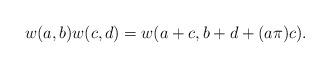
LaTeX: \begin{align*} w(a,b)w(c,d)=w(a+c,b+d+(a\pi)c).\end{align*}